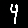
Digit: 4